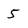
Character: 5